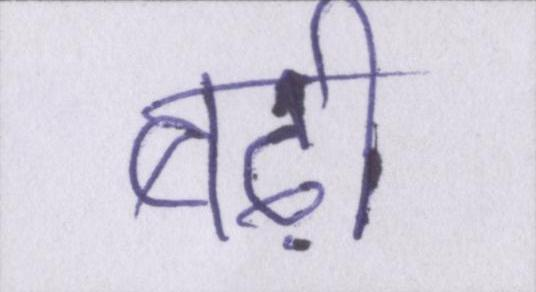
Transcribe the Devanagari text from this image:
बढ़ी